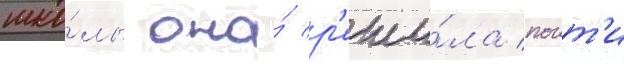
шко́лы она́ р'еши́ла поит'и